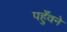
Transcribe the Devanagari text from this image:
पहुँवने